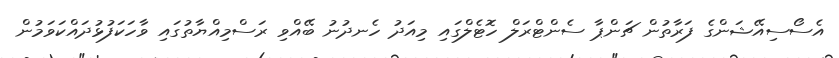
އެސޯސިއޭޝަންގެ ފަރާތުން ޗަންޕާ ސެންޓްރަލް ހޮޓެލްގައި މިއަދު ހެނދުނު ބޭއްވި ރަސްމިއްޔާތުގައި ވާހަކަފުޅުދައްކަވަމުން